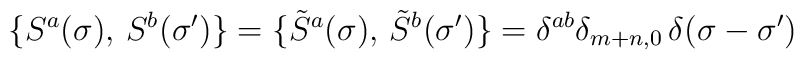
\{S^a(\sigma),\, S^b(\sigma') \}=\{{\tilde S}^a(\sigma),\, {\tilde S}^b(\sigma')\}=\delta^{ab}\delta_{m+n,0}\, \delta(\sigma-\sigma')